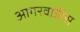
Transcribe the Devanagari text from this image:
आगरवाडीस